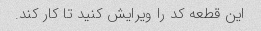
این قطعه کد را ویرایش کنید تا کار کند.